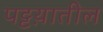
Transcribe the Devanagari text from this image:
पट्टय़ातील